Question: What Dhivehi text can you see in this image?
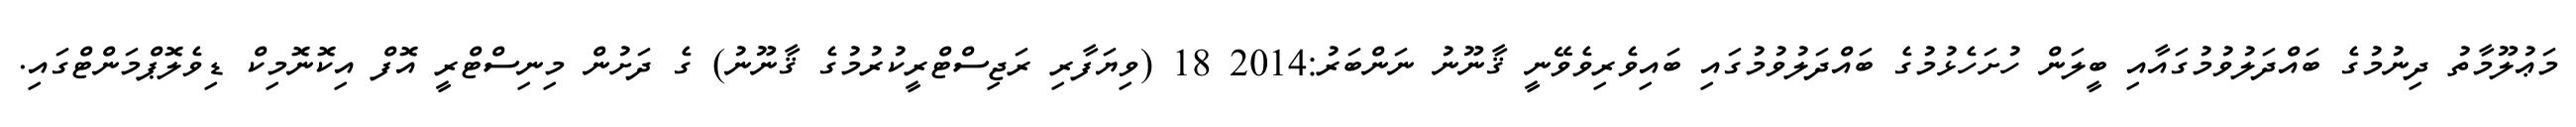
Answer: މަޢުލޫމާތު ދިނުމުގެ ބައްދަލުވުމުގައާއި ބީލަން ހުށަހެޅުމުގެ ބައްދަލުވުމުގައި ބައިވެރިވެވޭނީ ޤާނޫނު ނަންބަރު:2014 18 (ވިޔަފާރި ރަޖިސްޓްރީކުރުމުގެ ޤާނޫނު) ގެ ދަށުން މިނިސްޓްރީ އޮފް އިކޮނޮމިކް ޑިވެލޮޕްމަންޓްގައި.